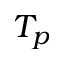
T _ { p }